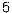
5